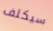
سيكلف